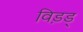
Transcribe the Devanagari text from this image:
विड़ड्